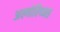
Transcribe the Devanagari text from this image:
अल्गोरिथ्म्स